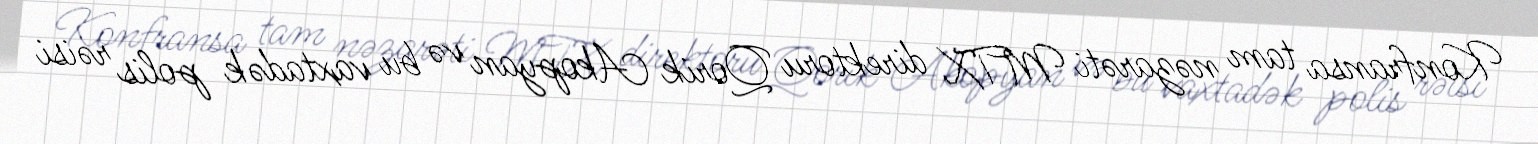
Konfransa tam nəzarəti MTX direktoru Qorik Akopyan və bu vaxtadək polis rəisi